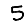
Digit: 5